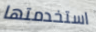
استخدمتها